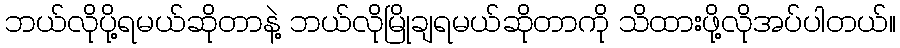
ဘယ်လိုပို့ရမယ်ဆိုတာနဲ့ ဘယ်လိုမြိုချရမယ်ဆိုတာကို သိထားဖို့လိုအပ်ပါတယ်။